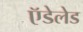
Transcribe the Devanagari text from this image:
ऍडेलेड